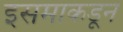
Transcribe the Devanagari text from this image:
इसमाकडून